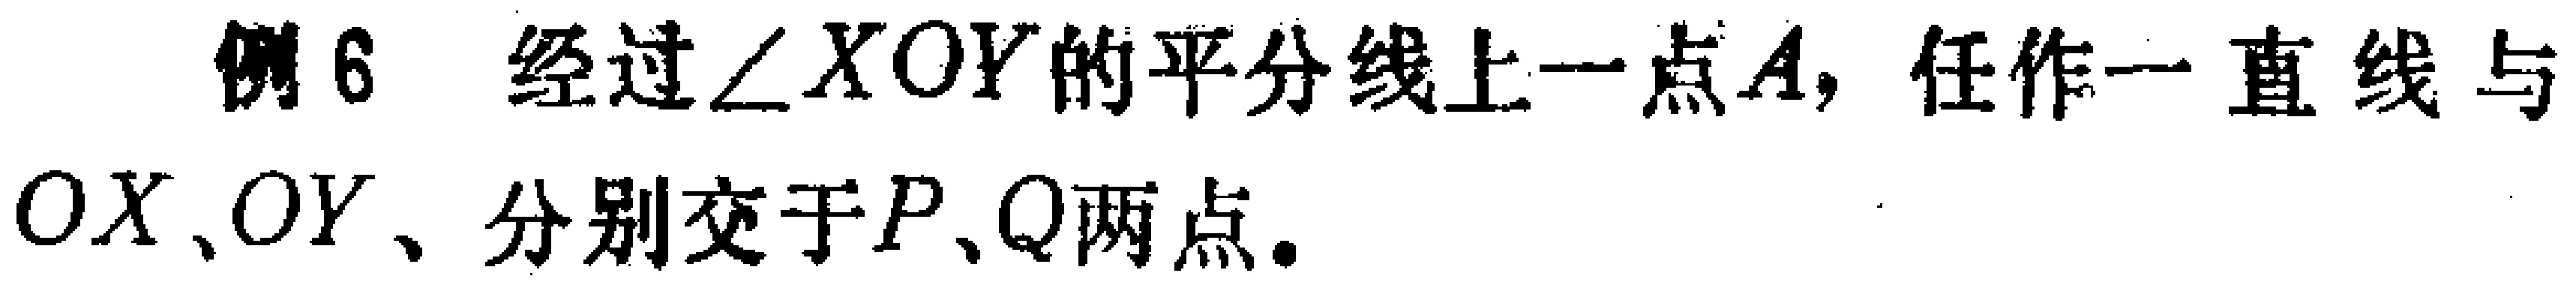
例6、经过$\angle XOY$的平分线上一点$A$，任作一直线与$OX、OY$、分别交于$P、Q$两点。